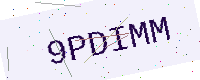
Text: 9PDIMM